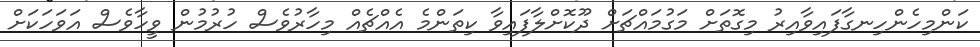
ކަންމިހެންހިނގާފައިވާއިރު މިގޮތަށް މަގުމައްޗަށް ދޫކޮށްލާފައިވާ ކިތަންމެ އެއްޗެއް މިހާރުވެސް ހުރުމުން ވީހާވެސް އަވަހަކަށް